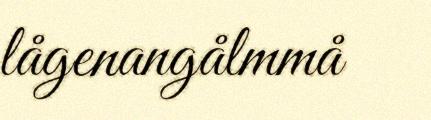
lågenangålmmå